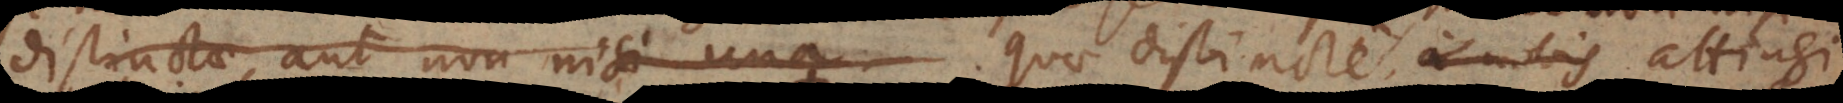
distinctae, aut non nisi una. quae distincte a nobis attingi